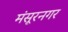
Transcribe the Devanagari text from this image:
मंसूरनगर